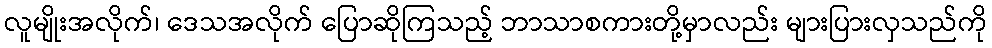
လူမျိုးအလိုက်၊ ဒေသအလိုက် ပြောဆိုကြသည့် ဘာသာစကားတို့မှာလည်း များပြားလှသည်ကို